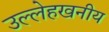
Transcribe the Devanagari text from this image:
उल्लेहखनीय